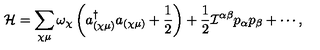
{ \cal H } = \sum _ { \chi \mu } \omega _ { \chi } \left( a _ { ( \chi \mu ) } ^ { \dag } a _ { ( \chi \mu ) } + \frac { 1 } { 2 } \right) + \frac { 1 } { 2 } { \cal I } ^ { \alpha \beta } p _ { \alpha } p _ { \beta } + \cdots ,